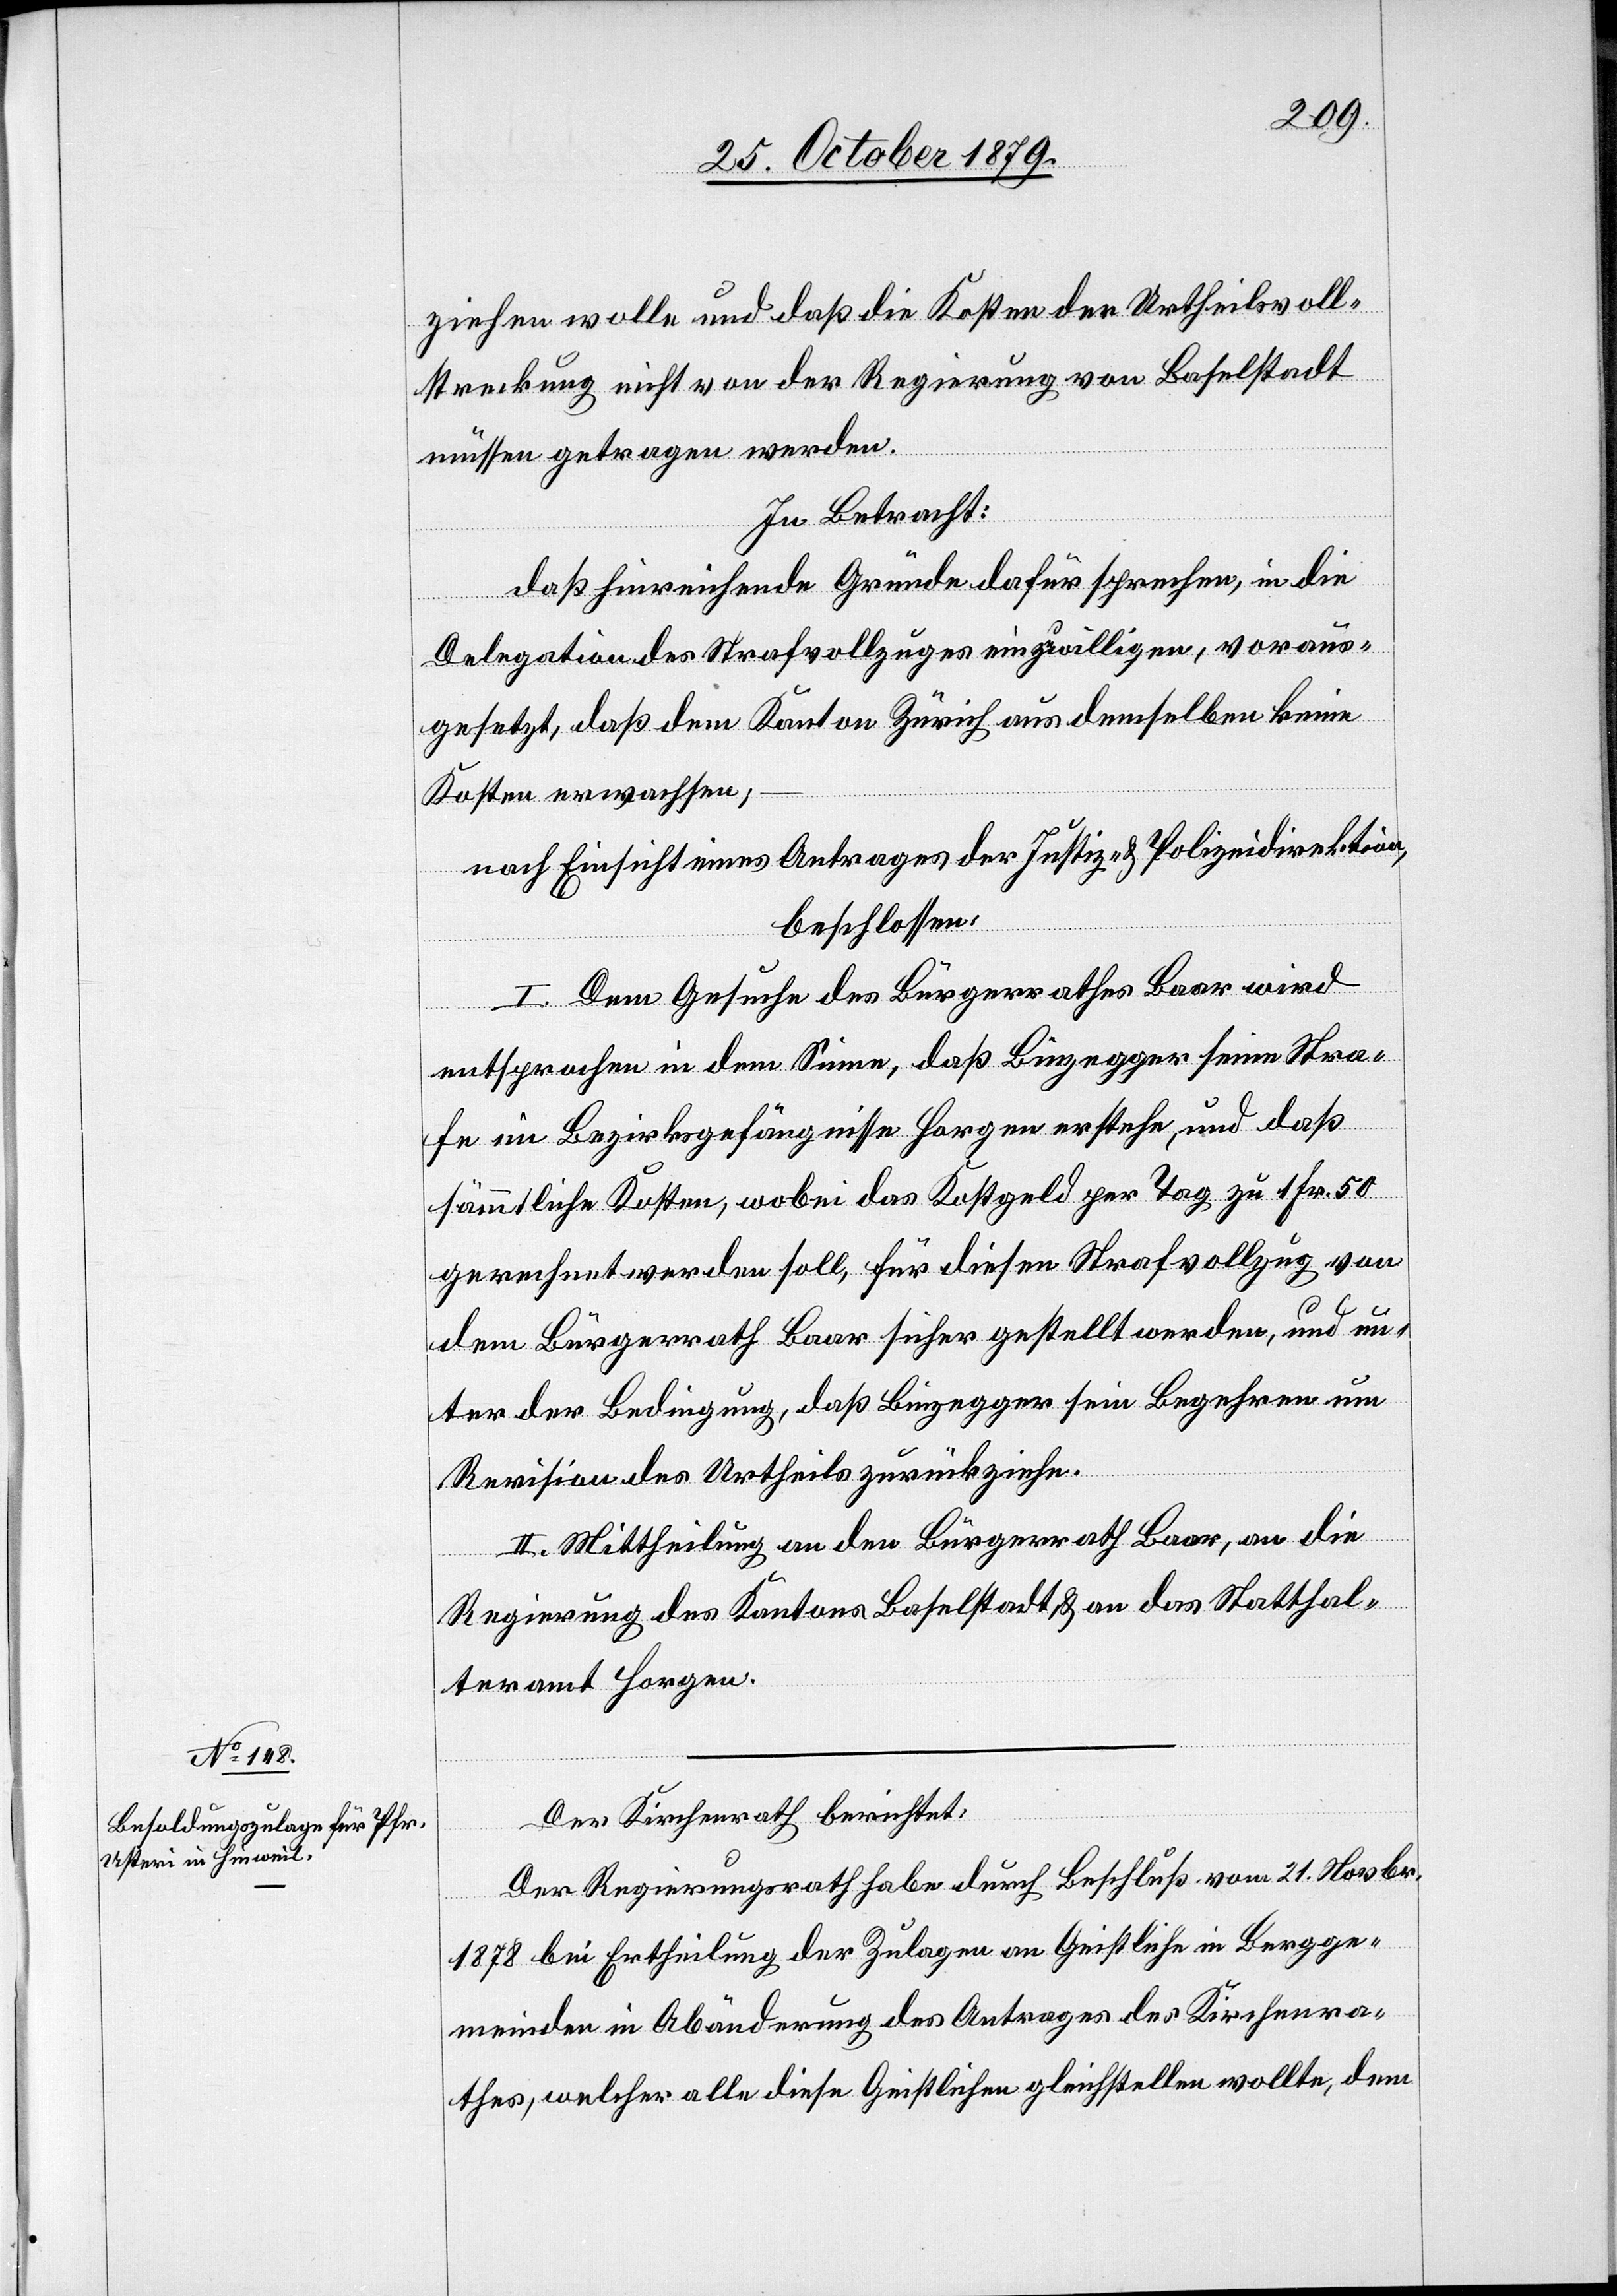
ziehen wolle und daß die Kosten der Urtheilsvoll¬
streckung nicht von der Regierung von Baselstadt
müssen getragen werden.
In Betracht:
daß hinreichende Gründe dafür sprechen, in die
Delegation des Strafvollzuges einzuwilligen, voraus¬
gesetzt, daß dem Kanton Zürich aus demselben keine
Kosten erwachsen;
beschlossen:
I. Dem Gesuche des Bürgerrathes Baar wird
Der
entsprochen in dem Sinne, daß Binzegger seine Stra¬
fe im Bezirksgefängnisse Horgen erstehe, und daß
sämmtliche Kosten, wobei das Kostgeld per Tag zu 1 Fr. 50
gerechnet werden soll, für diesen Strafvollzug von
dem Bürgerrath Baar sicher gestellt werden, und un¬
ter der Bedingung, daß Binzegger sein Begehren um
Revision des Urtheils zurückziehe.
II. Mittheilung an den Bürgerrath Baar, an die
Regierung des Kantons Baselstadt & an das Statthal¬
teramt Horgen.
Der Regierungsrath habe durch Beschluß vom 21. Novbr.
–
1878 bei Ertheilung der Zulagen an Geistliche in Bergge¬
meinden in Abänderung des Antrages des Kirchenra¬
thes, welcher alle diese Geistlichen gleichstellen wollte, dem